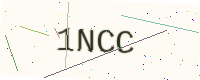
Text: 1NCC